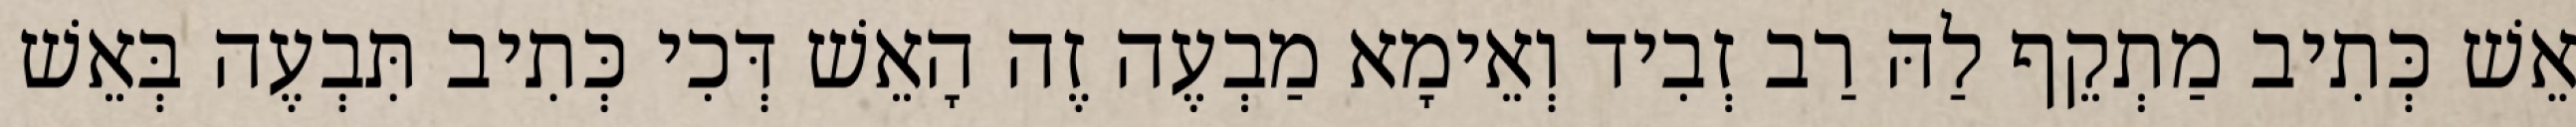
אֵשׁ כְּתִיב מַתְקֵף לַהּ רַב זְבִיד וְאֵימָא מַבְעֶה זֶה הָאֵשׁ דְּכִי כְּתִיב תִּבְעֶה בְּאֵשׁ